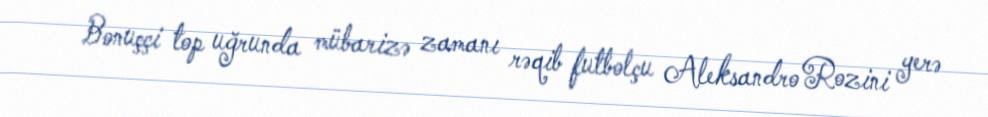
Bonuççi top uğrunda mübarizə zamanı rəqib futbolçu Aleksandro Rozini yerə